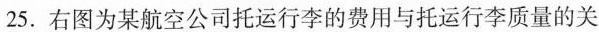
25.右图为某航空公司托运行李的费用与托运行李质量的关